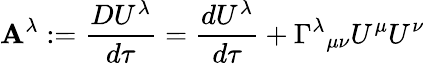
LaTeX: \mathbf{A}^{\lambda}:={\frac{{DU^{\lambda}}}{{d\tau}}}={\frac{{dU^{\lambda}}}{{d\tau}}}+\Gamma^{\lambda}{}_{\mu\nu}U^{\mu}U^{\nu}